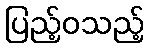
ပြည့်ဝသည့်